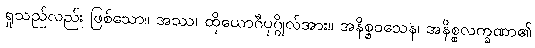
ရှုသည်လည်း ဖြစ်သော။ အဿ၊ ထိုယောဂီပုဂ္ဂိုလ်အား။ အနိစ္စဝသေန၊ အနိစ္စလက္ခဏာ၏